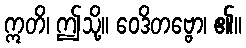
ဣတိ၊ ဤသို့။ ဝေဒိတဗ္ဗော၊ ၏။